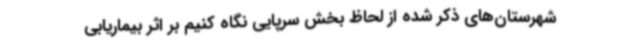
شهرستان‌های ذکر شده از لحاظ بخش سرپایی نگاه‌ کنیم بر اثر بیماریابی